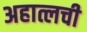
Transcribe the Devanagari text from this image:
अहात्लची